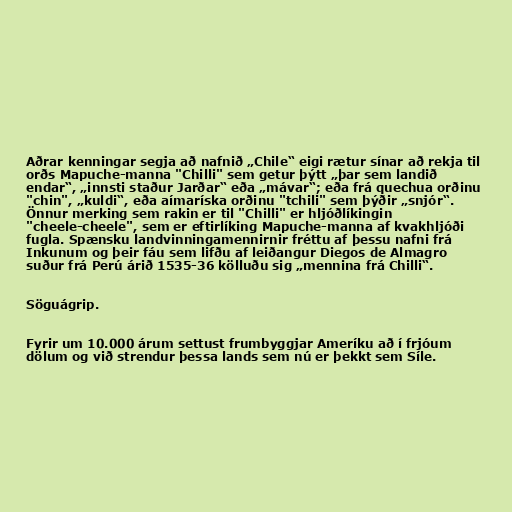
Aðrar kenningar segja að nafnið „Chile“ eigi rætur sínar að rekja til
orðs Mapuche-manna "Chilli" sem getur þýtt „þar sem landið
endar“, „innsti staður Jarðar“ eða „mávar“; eða frá quechua orðinu
"chin", „kuldi“, eða aímaríska orðinu "tchili" sem þýðir „snjór“.
Önnur merking sem rakin er til "Chilli" er hljóðlíkingin
"cheele-cheele", sem er eftirlíking Mapuche-manna af kvakhljóði
fugla. Spænsku landvinningamennirnir fréttu af þessu nafni frá
Inkunum og þeir fáu sem lifðu af leiðangur Diegos de Almagro
suður frá Perú árið 1535-36 kölluðu sig „mennina frá Chilli“.

Söguágrip.

Fyrir um 10.000 árum settust frumbyggjar Ameríku að í frjóum
dölum og við strendur þessa lands sem nú er þekkt sem Síle.